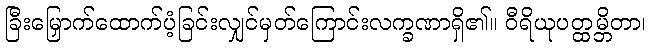
ခြီးမြှောက်ထောက်ပံ့ခြင်းလျှင်မှတ်ကြောင်းလက္ခဏာရှိ၏။ ဝီရိယုပတ္ထမ္ဘိတာ၊